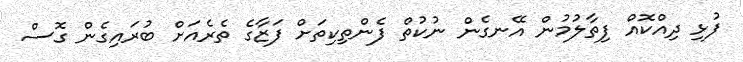
ފުޅި ދިއްކޮއް ފިތާލުމުން އޭނގެން ނުކުތް ފެންތިކިތަށް ފަޒާގެ ތެރެއަށް ބުރައިގެން ގޮސް